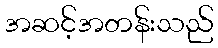
အဆင့်အတန်းသည်